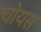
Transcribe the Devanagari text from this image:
चोयस